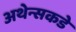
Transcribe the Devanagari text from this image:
अथेन्सकडे